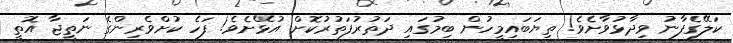
ކަލޭގެފާނު ވިދާޅުވާށެވެ! ތިޔަބައިމީހުން ބިމުގައި ދަތުރުފަތުރުކޮށް އުޅޭށެވެ! ފަހެ ކުށްވެރިންގެ ނަތީޖާ އޮތީ